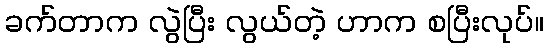
ခက်တာက လွဲပြီး လွယ်တဲ့ ဟာက စပြီးလုပ်။